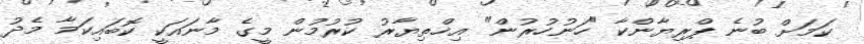
ކަމަށް ބުނެ ޕްރިޔާންކާ "ހަނުހުރުން" އިޚްތިޔާރު ކުރުމުން މީގެ މާނައަކީ ކޮބައިކަމާ މެދު